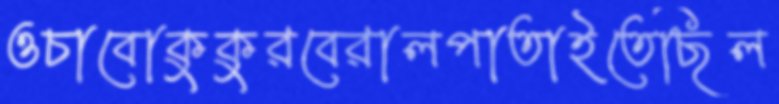
ওচাবোকুকুরবেরালপাতাইতেছিল